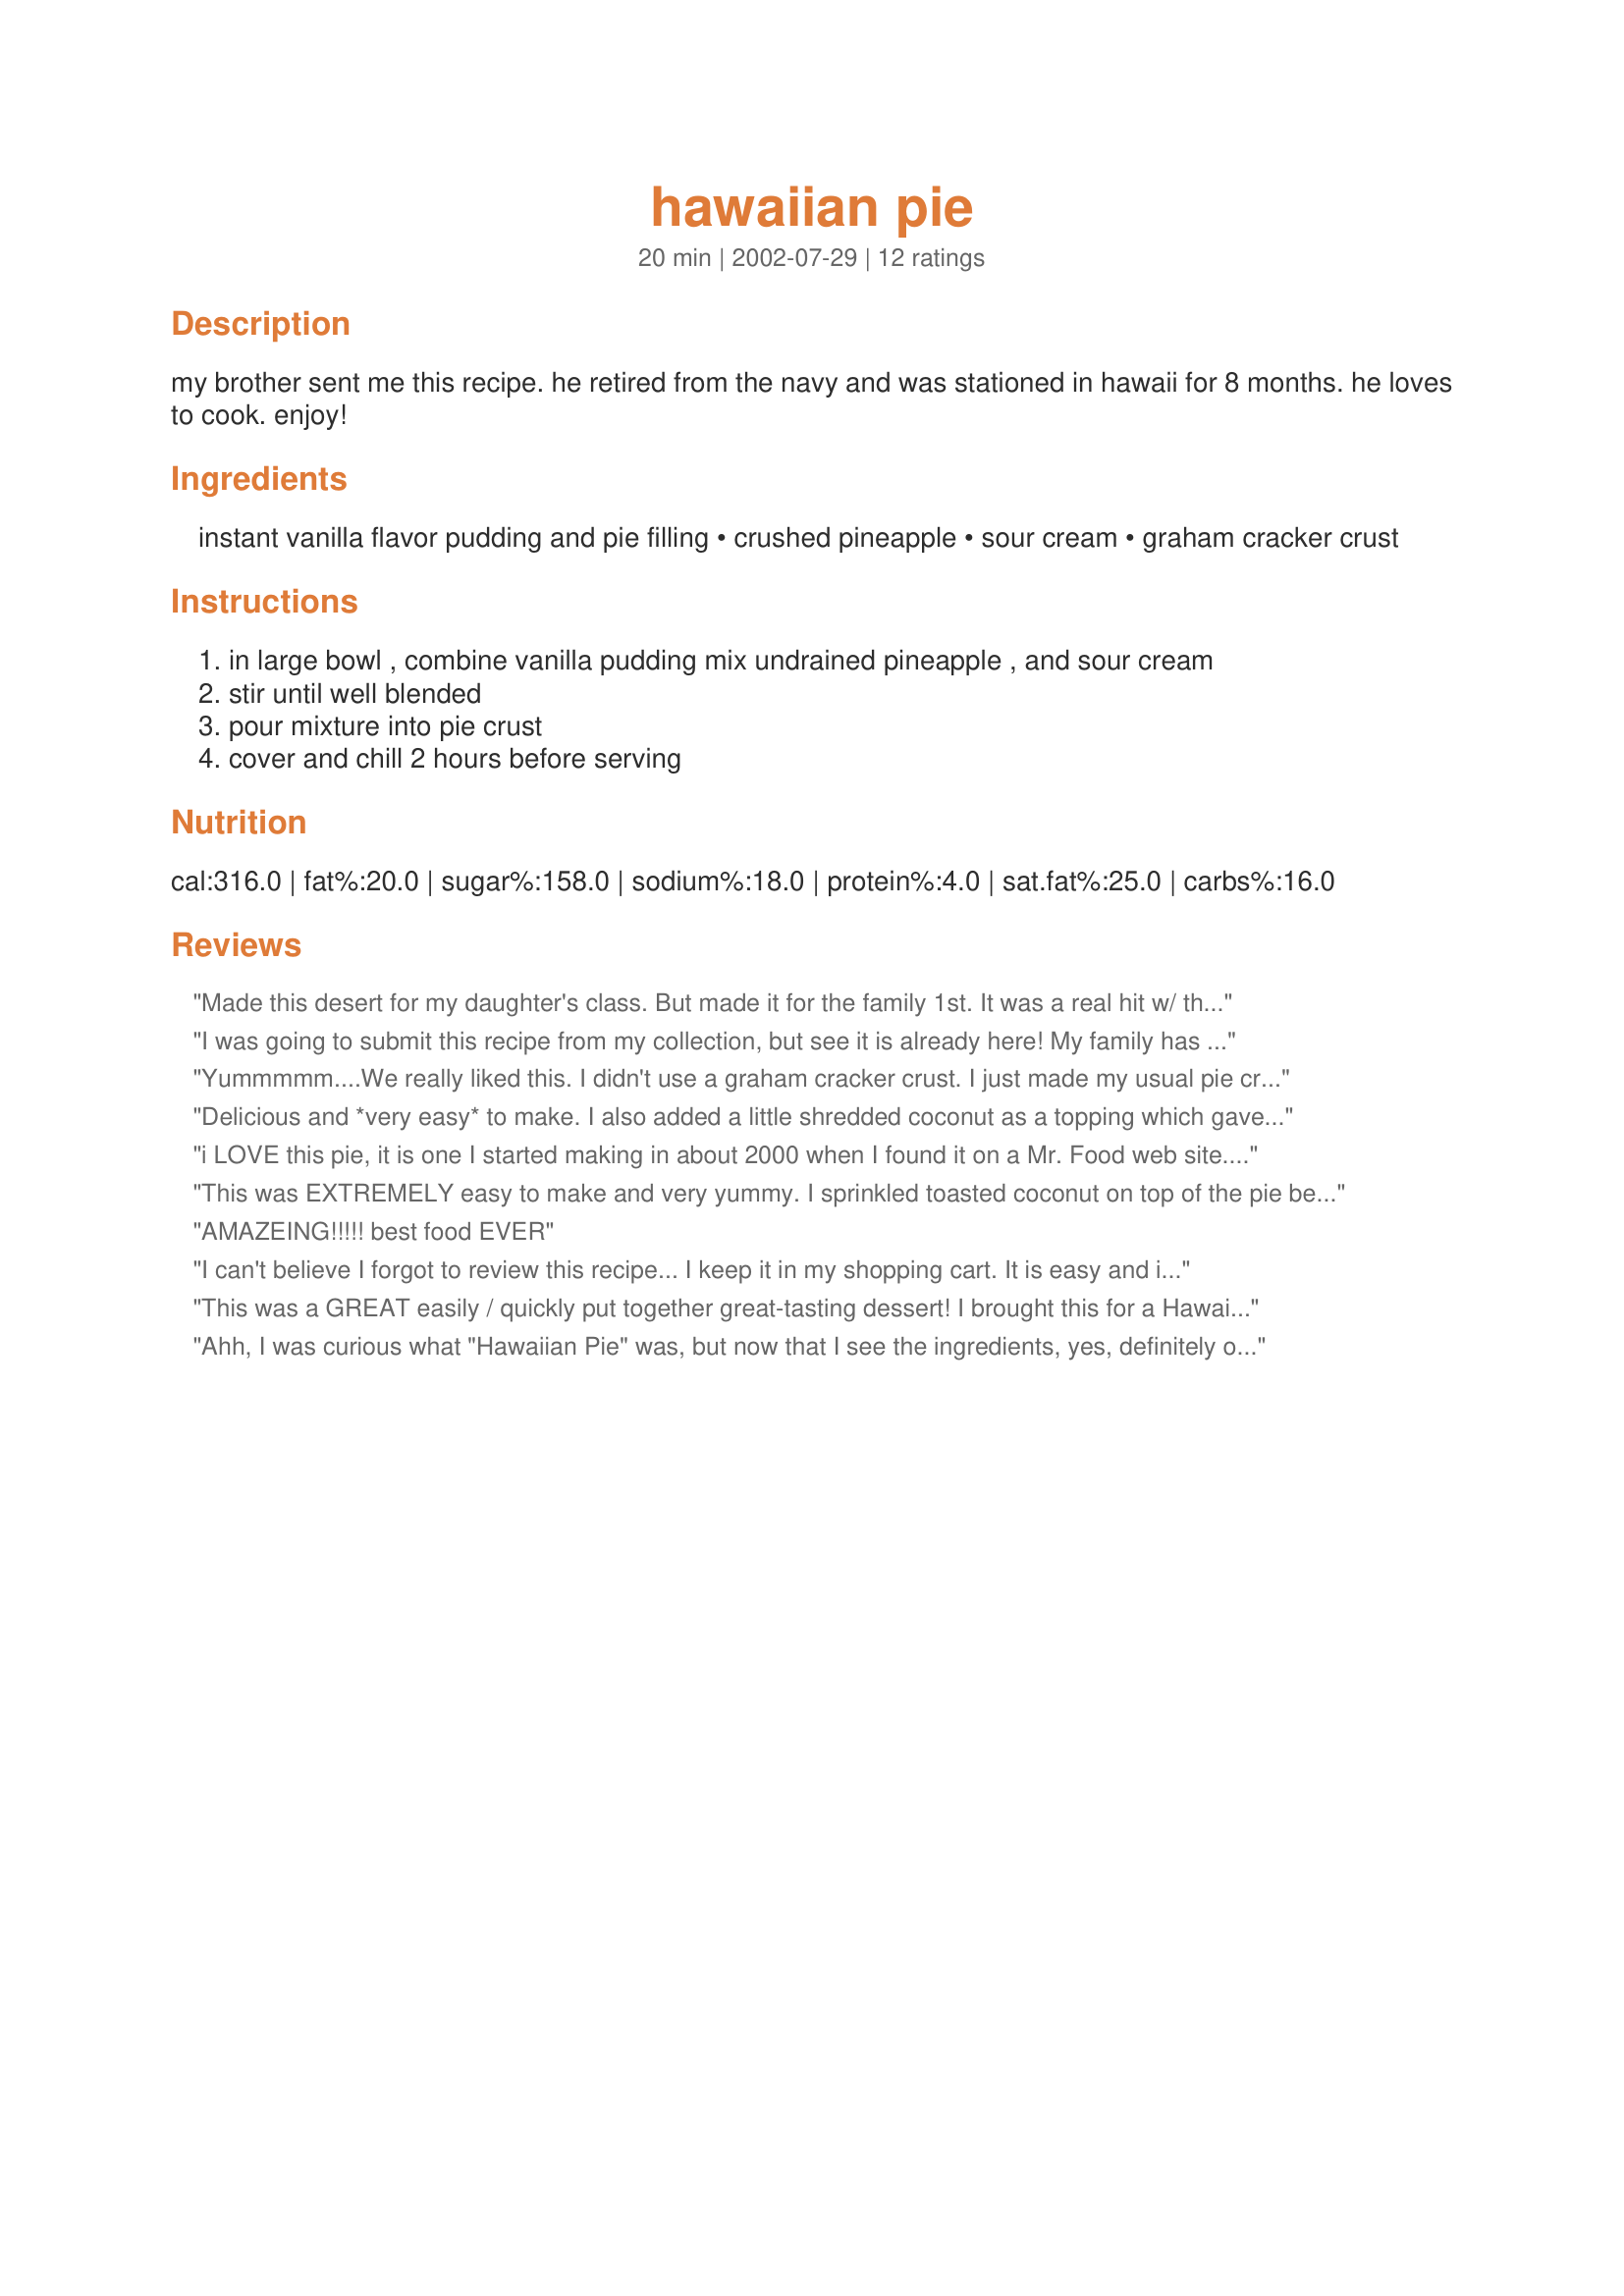
hawaiian pie
Preparation time: 20 minutes

my brother sent me this recipe. he retired from the navy and was stationed in hawaii for 8 months. he loves to cook. enjoy!

Ingredients:
instant vanilla flavor pudding and pie filling, crushed pineapple, sour cream, graham cracker crust

Steps:
in large bowl , combine vanilla pudding mix undrained pineapple , and sour cream, stir until well blended, pour mixture into pie crust, cover and chill 2 hours before serving

Reviews:
Made this desert for my daughter's class. But made it for the family 1st. It was a real hit w/ the hubby. Will be a new family recipe. Plan on making it for the next picnic. Thanx.
I was going to submit this recipe from my collection, but see it is already here! My family has been making this pie for 20 years, given to us by my aunt. The only difference is that we use a real pre-baked pie crust instead of graham before adding the filling. We also sprinkle with toasted coconut. Highly recommend this!!
Yummmmm....We really liked this. I didn't use a graham cracker crust. I just made my usual pie crust and we thought that worked great. Topped each slice with a dollop of whipped cream and loved every bite.This was the perfect end to our meal tonight. Thanks for sharing the recipe.
Delicious and *very easy* to make. I also added a little shredded coconut as a topping which gave an extra boost to the already great flavor. Will be making again!
i LOVE this pie, it is one I started making in about 2000 when I found it on a Mr. Food web site. You saved me the trouble of posting the recipe. Thank your brother in law for this wonderful pie recipe.
This was EXTREMELY easy to make and very yummy. I sprinkled toasted coconut on top of the pie before serving.
AMAZEING!!!!! best food EVER
I can't believe I forgot to review this recipe... I keep it in my shopping cart. It is easy and it is good. No reason to not consider it for any potluck.
This was a GREAT easily / quickly put together great-tasting dessert! I brought this for a Hawaiian themed dinner and it got raves with many requests for the recipe. One lady asked if she could take a couple of slices home "for her mother". I'm willing to bet that they didn't all make it home! Thank you, Rhonda O for sharing!
Ahh, I was curious what "Hawaiian Pie" was, but now that I see the ingredients, yes, definitely our family favorite, we call it Pineapple Sour Cream Pie. When people would ask us what kind of pie is that, and we'd say, Pineapple Sour Cream, they would wrinkle their nose and say "ugh, sour cream?" but would wipe out the whole thing once they tried it. Try it! The flavor is crazy!!!! Only thing is, if I remember correctly, we'd have a layer of Cool Whip on top. Not too much though.
So easy and delicious to make. Everyone loved it and wanted the recipe. Thanks!
Great recipe! I used coconut cream instant pudding in place of vanilla.
